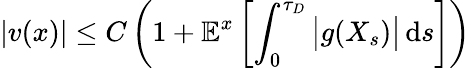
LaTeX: |v(x)|\leq C\left(1+\mathbb{E}^{x}\left[\int_{0}^{\tau_{D}}{\big|}g(X_{s}){\big|}\, \mathrm{d}s\right]\right)